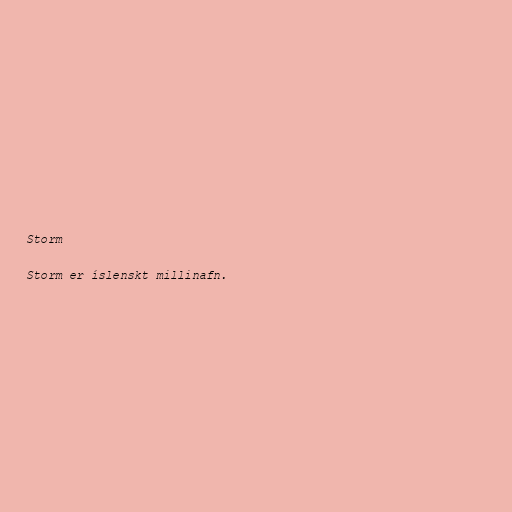
Storm

Storm er íslenskt millinafn.